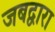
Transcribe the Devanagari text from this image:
जबद्वारा